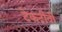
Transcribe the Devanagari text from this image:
टेकटीवी